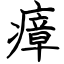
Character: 瘴